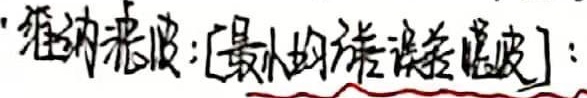
维纳滤波：[最小均方误差滤波]